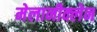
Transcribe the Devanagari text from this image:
मेलानीक्लेन